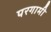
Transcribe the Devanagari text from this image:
परगामी